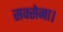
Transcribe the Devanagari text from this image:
सक्सेना।